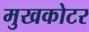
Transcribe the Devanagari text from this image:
मुखकोटर